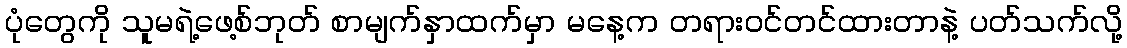
ပုံတွေကို သူမရဲ့ဖေ့စ်ဘုတ် စာမျက်နှာထက်မှာ မနေ့က တရားဝင်တင်ထားတာနဲ့ ပတ်သက်လို့